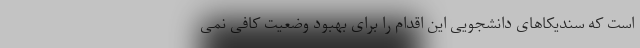
است که سندیکاهای دانشجویی این اقدام را برای بهبود وضعیت کافی نمی‌